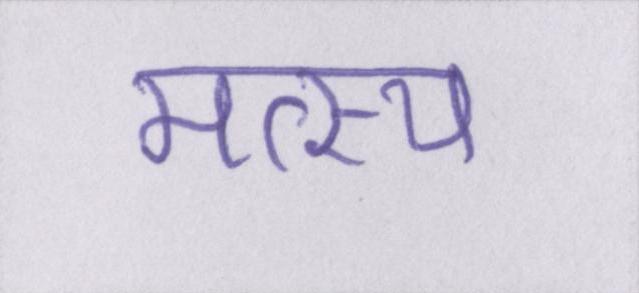
मत्स्य